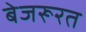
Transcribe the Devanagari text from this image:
बेजरूरत